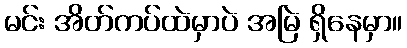
မင်း အိတ်ကပ်ထဲမှာပဲ အမြဲ ရှိနေမှာ။